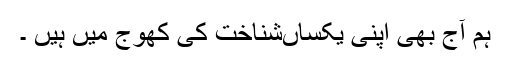
ہم آج بھی اپنی یکساںشناخت کی کھوج میں ہیں ۔